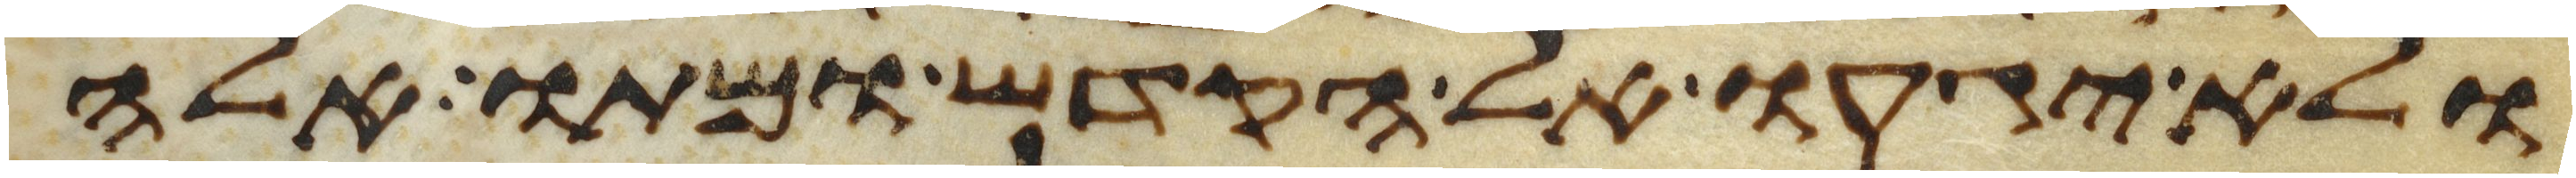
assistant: ולא יגעו אל הקדש ומתו אלה